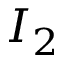
I _ { 2 }